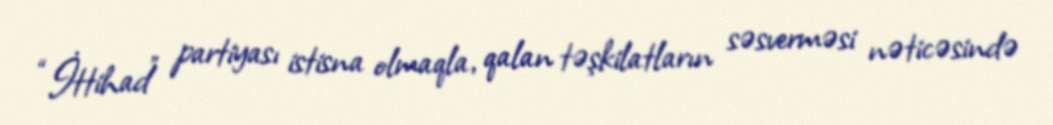
“İttihad” partiyası istisna olmaqla, qalan təşkilatların səsverməsi nəticəsində